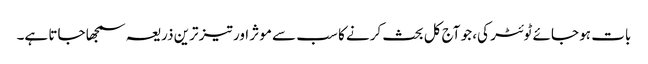
بات ہو جائے ٹوئٹر کی، جو آج کل بحث کرنے کا سب سے موثر اور تیز ترین ذریعہ سمجھا جاتا ہے۔